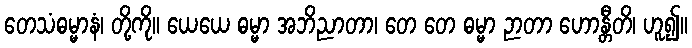
တေသံဓမ္မာနံ၊ တို့ကို။ ယေယေ ဓမ္မာ အဘိညာတာ၊ တေ တေ ဓမ္မာ ဉာတာ ဟောန္တီတိ၊ ဟူ၍။